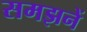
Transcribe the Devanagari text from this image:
समझनें